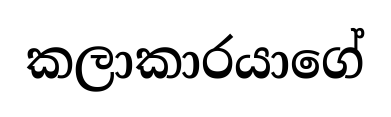
කලාකාරයාගේ